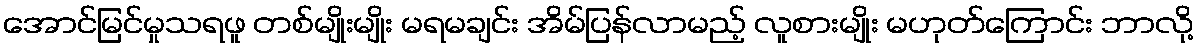
အောင်မြင်မှုသရဖူ တစ်မျိုးမျိုး မရမချင်း အိမ်ပြန်လာမည့် လူစားမျိုး မဟုတ်ကြောင်း ဘာလို့